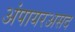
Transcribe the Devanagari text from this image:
अंपायरअसद